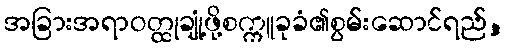
အခြားအရာဝတ္ထုချုံ့ဖို့စက္ကူခုခံ၏စွမ်းဆောင်ရည်,